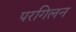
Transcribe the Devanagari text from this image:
परगिलन